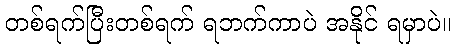
တစ်ရက်ပြီးတစ်ရက် ရဘက်ကာပဲ အနိုင် ရမှာပဲ။